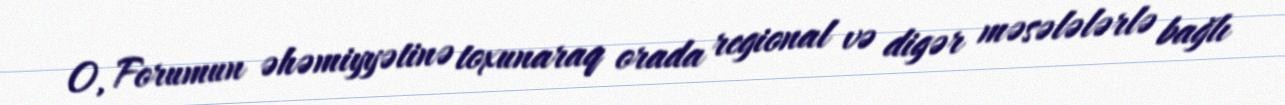
O, Forumun əhəmiyyətinə toxunaraq orada regional və digər məsələlərlə bağlı